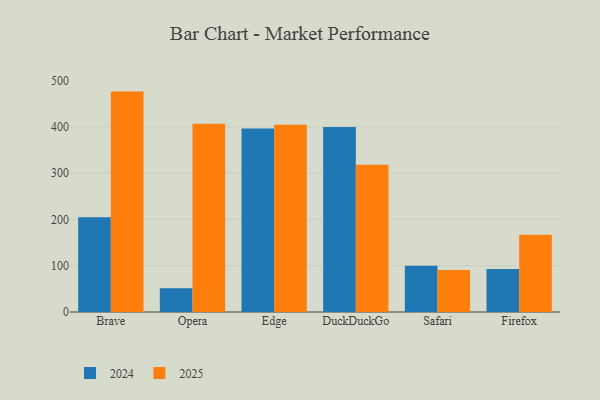
{"axis": {"x": "Browser", "y": "Market Share (%)"}, "legend": ["2024", "2025"], "data": [{"x": "Brave", "y": 476.1, "type": "2025"}, {"x": "Brave", "y": 204.7, "type": "2024"}, {"x": "Opera", "y": 406.6, "type": "2025"}, {"x": "Opera", "y": 51.1, "type": "2024"}, {"x": "Edge", "y": 404.3, "type": "2025"}, {"x": "Edge", "y": 396.2, "type": "2024"}, {"x": "DuckDuckGo", "y": 318.1, "type": "2025"}, {"x": "DuckDuckGo", "y": 399.6, "type": "2024"}, {"x": "Safari", "y": 90.7, "type": "2025"}, {"x": "Safari", "y": 100.1, "type": "2024"}, {"x": "Firefox", "y": 166.9, "type": "2025"}, {"x": "Firefox", "y": 92.8, "type": "2024"}]}